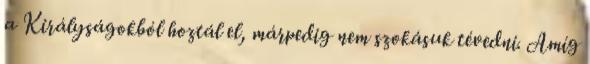
a Királyságokból hoztál el, márpedig nem szokásuk tévedni. Amíg